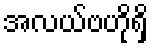
အလယ်ဗဟိုရှိ